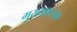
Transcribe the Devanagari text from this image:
मुख्यफ़लक